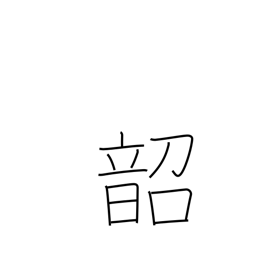
Meaning: emperor Shun's music